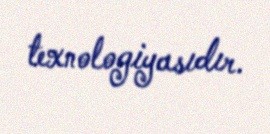
texnologiyasıdır.